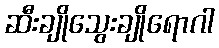
ဆီးချိုသွေးချိုရောဂါ